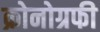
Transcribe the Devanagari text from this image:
क्रोनोग्रफी